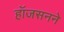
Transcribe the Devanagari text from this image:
हॉजसनने